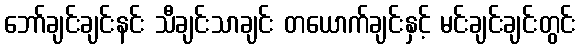
ဘော်ချင်းချင်းနင်း သီချင်းသာချင်း တယောက်ချင်းနှင့် မင်းချင်းချင်းတွင်း